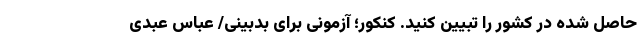
حاصل شده در کشور را تبیین کنید. کنکور؛ آزمونی برای بدبینی/ عباس عبدی